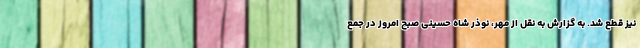
نیز قطع شد. به گزارش به نقل از مهر، نوذر شاه حسینی صبح امروز در جمع